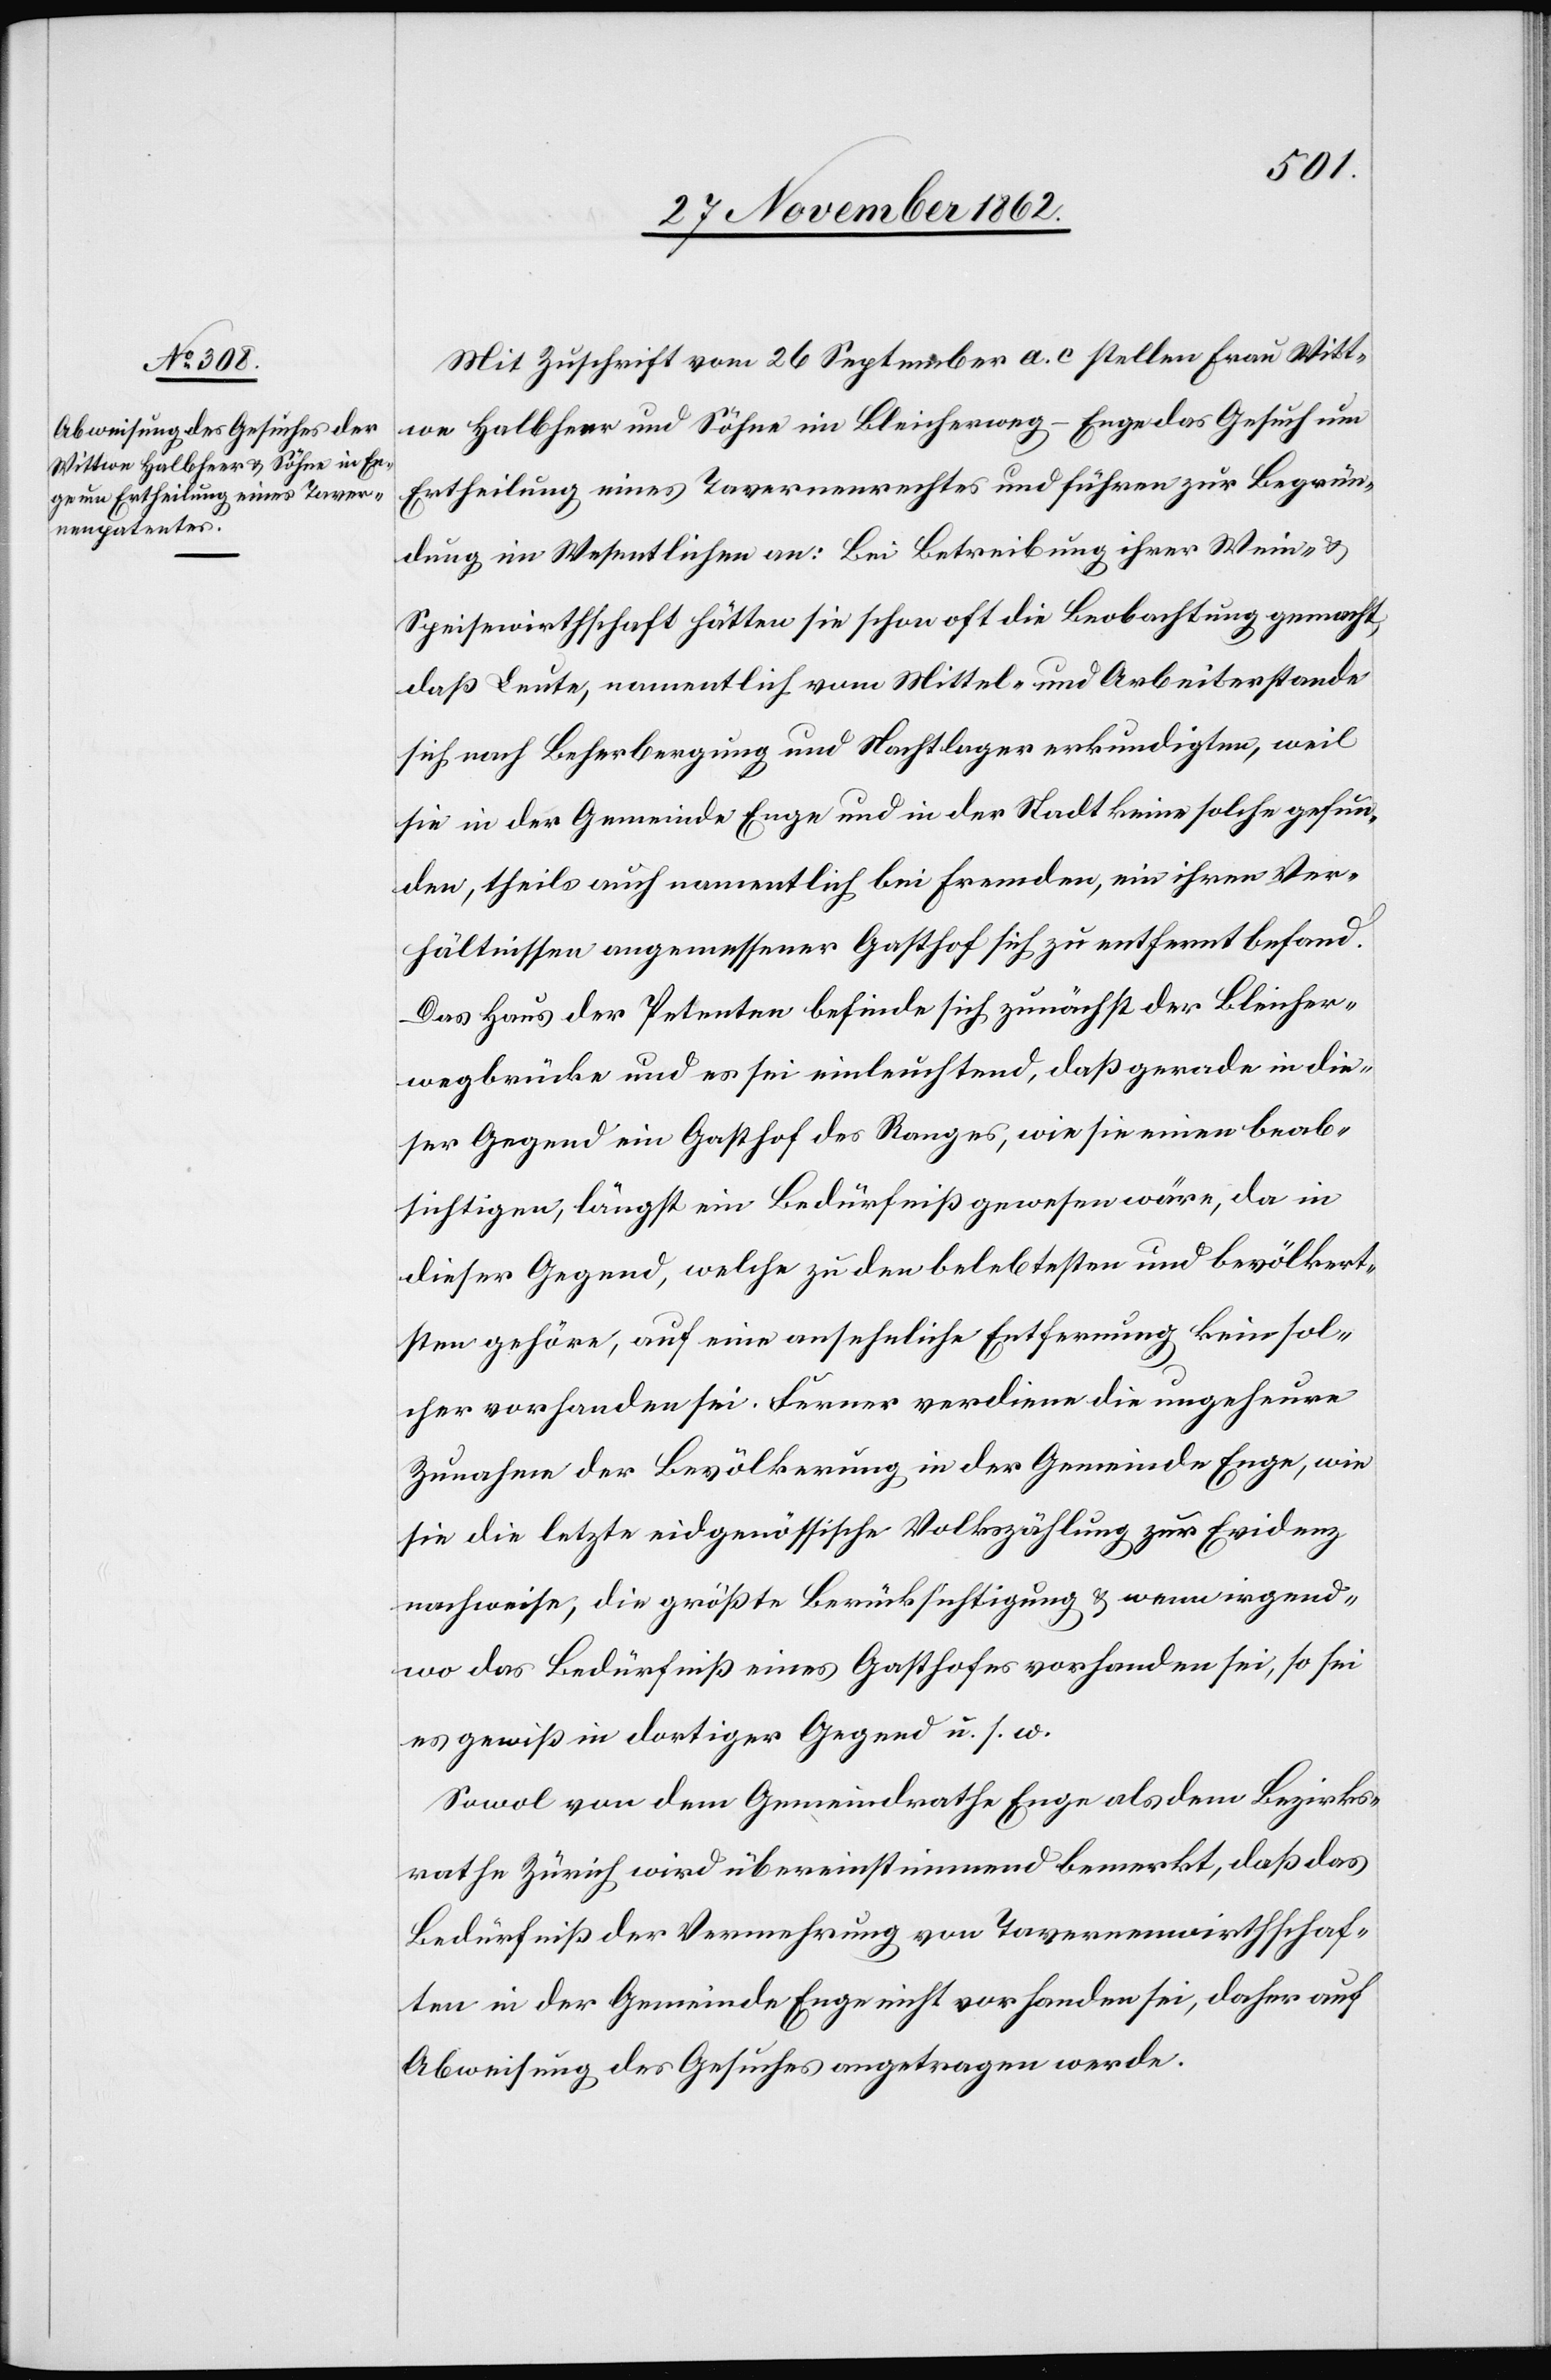
Mit Zuschrift vom 26. September a. c stellen Frau Witt¬
we Halbheer und Söhne im Bleicherweg-Enge das Gesuch um
Ertheilung eines Tavernenrechtes und führen zur Begrün¬
dung im Wesentlichen an: Bei Betreibung ihrer Wein- u.
Speisewirthschaft hätten sie schon oft die Beobachtung gemacht,
daß Leute, namentlich vom Mittel- und Arbeiterstande
sich nach Beherbergung und Nachtlager erkundigten, weil
sie in der Gemeinde Enge und in der Stadt keine solche gefun¬
den, theils auch namentlich bei fremden, ein ihren Ver¬
hältnissen angemessener Gasthof sich zu entfernt befand.
Das Haus der Petenten befinde sich zunächst der Bleicher¬
wegbrücke und es sei einleuchtend, daß gerade in die¬
ser Gegend ein Gasthof des Ranges, wie sie einen beab¬
sichtigen, längst ein Bedürfniß gewesen wäre, da in
dieser Gegend, welche zu den belebtesten und bevölkert¬
sten gehöre, auf eine ansehnliche Entfernung keine sol¬
cher vorhanden sei. Ferner verdient die ungeheure
Zunahme der Bevölkerung in der Gemeinde Enge, wie
sie die letzte eidgenössische Volkszählung zur Evidenz
nachweise, die größte Berücksichtigung u. wenn irgend¬
wo das Bedürfniß eines Gasthofes vorhanden sei, so sei
es gewiß in dortiger Gegend u. s. w.
Sowol von dem Gemeindrathe Enge als dem Bezirks¬
rathe Zürich wird übereinstimmend bemerkt, daß das
Bedürfniß der Vermehrung von Tavernenwirthschaf¬
ten in der Gemeinde Enge nicht vorhanden sei, daher auf
Abweisung des Gesuche angetragen werde.